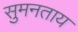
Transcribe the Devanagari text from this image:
सुमनताय